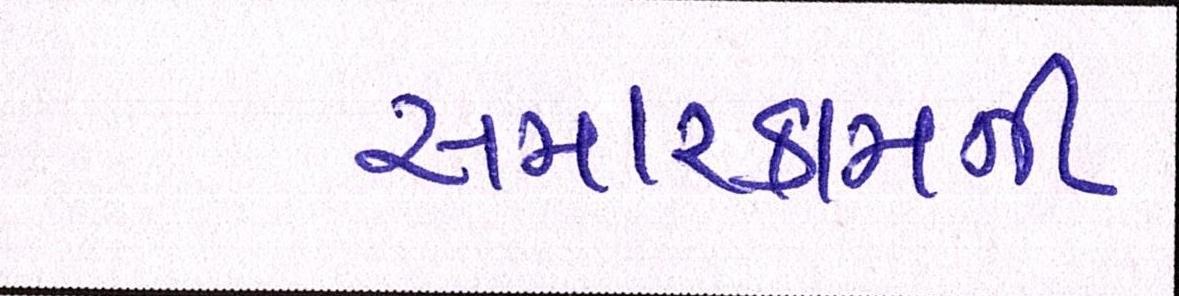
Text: સમારકામની